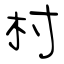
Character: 村